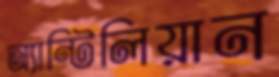
অ্যান্টিলিয়ান